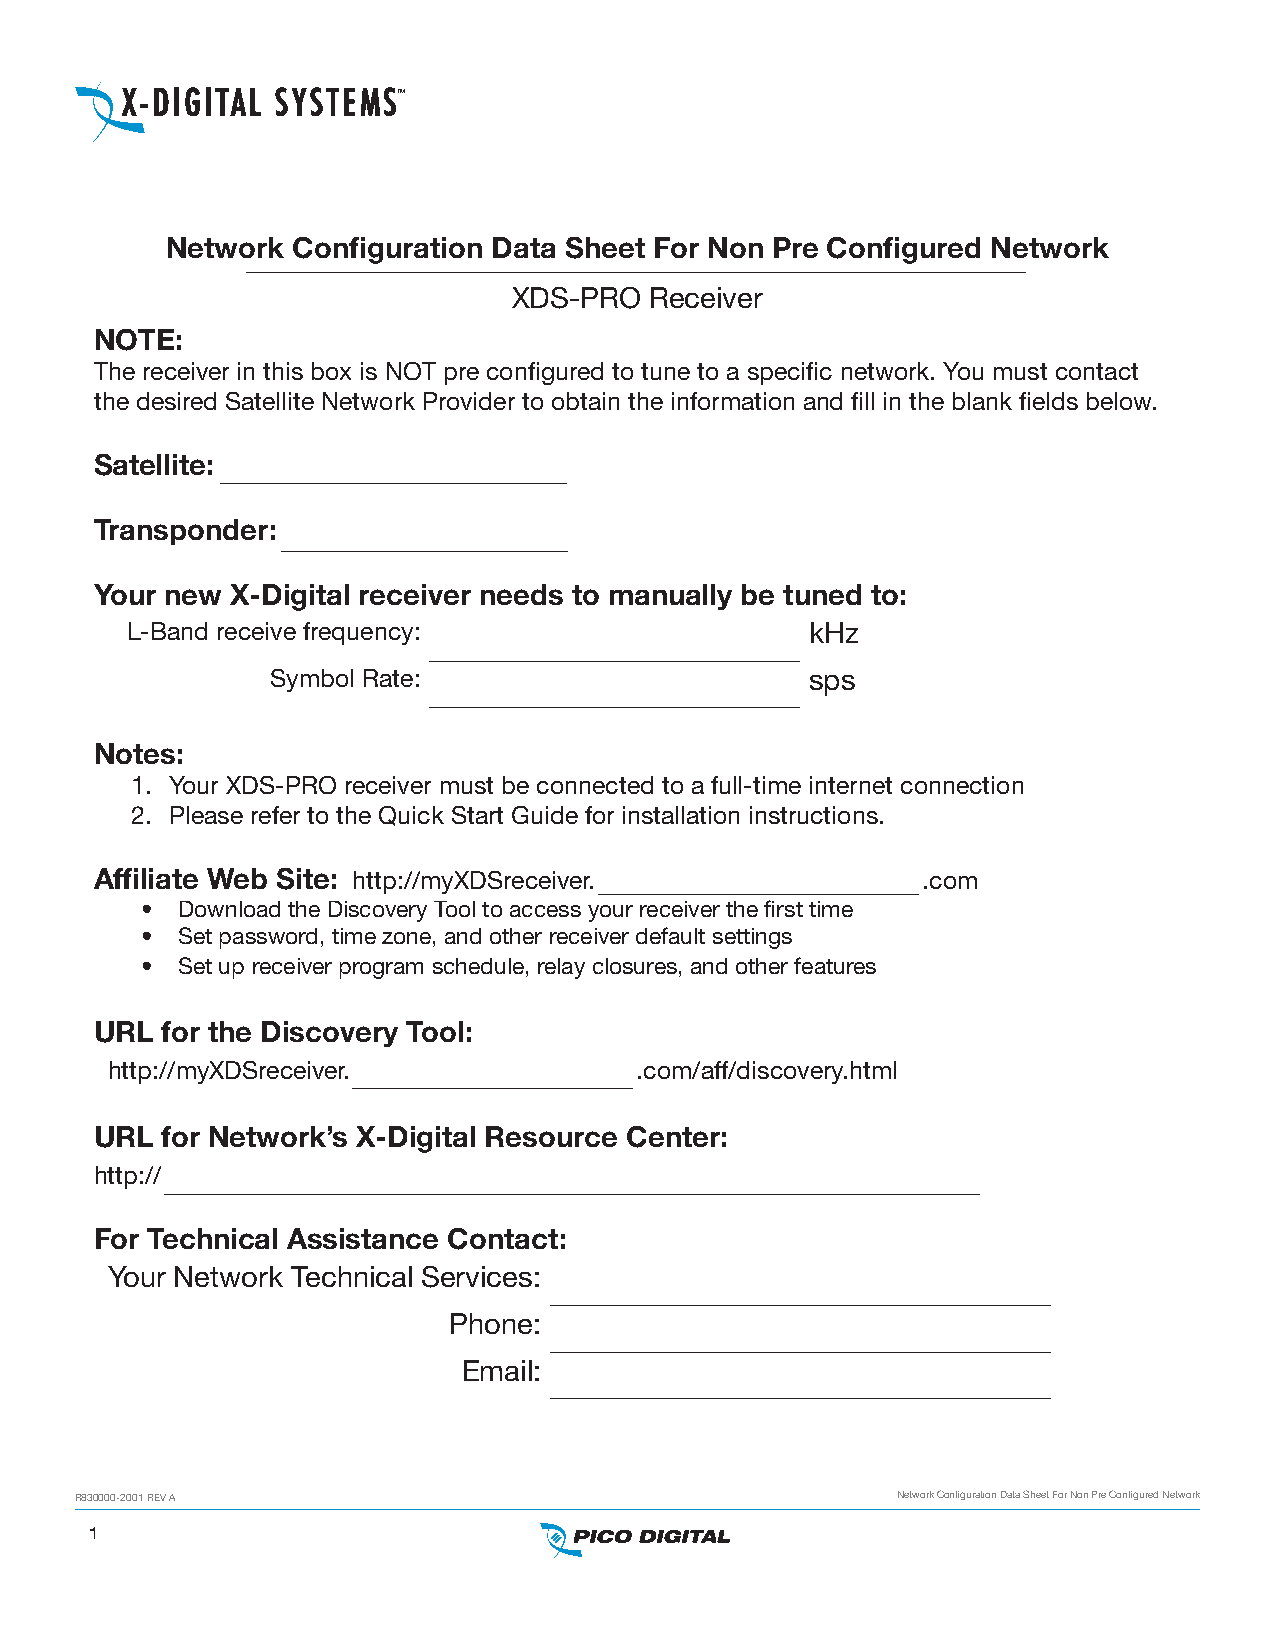
TM
 Network Configuration Data Sheet For Non Pre Configured Network
 XDS-PRO  Receiver
 NOTE:
 The receiver in this box is NOT pre configured to tune to a specific network. You must contact
 the desired Satellite Network Provider to obtain the information and fill in the blank fields below.
 Satellite:
 Transponder:
 Your new X-Digital receiver needs to manually be tuned to:
 L-Band receive frequency:                     kHz
 Symbol Rate:                        sps
 Notes:
 1. Your XDS-PRO receiver must be connected to a full-time internet connection
 2. Please refer to the Quick Start Guide for installation instructions.
 Affiliate Web Site: http://myXDSreceiver.              .com
 •  Download the Discovery Tool to access your receiver the first time
 •  Set password, time zone, and other receiver default settings
 •  Set up receiver program schedule, relay closures, and other features
 URL  for the Discovery Tool:
 http://myXDSreceiver.              .com/aff/discovery.html
 URL  for Network’s X-Digital Resource Center:
 http://
 For Technical Assistance Contact:
 Your Network Technical Services:
 Phone:
 Email:
 R830000-2001 REV A                                    Network Configuration Data Sheet For Non Pre Configured Network
 1